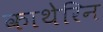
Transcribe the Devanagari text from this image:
काथेरिन